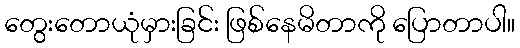
တွေးတောယုံမှားခြင်း ဖြစ်နေမိတာကို ပြောတာပါ။